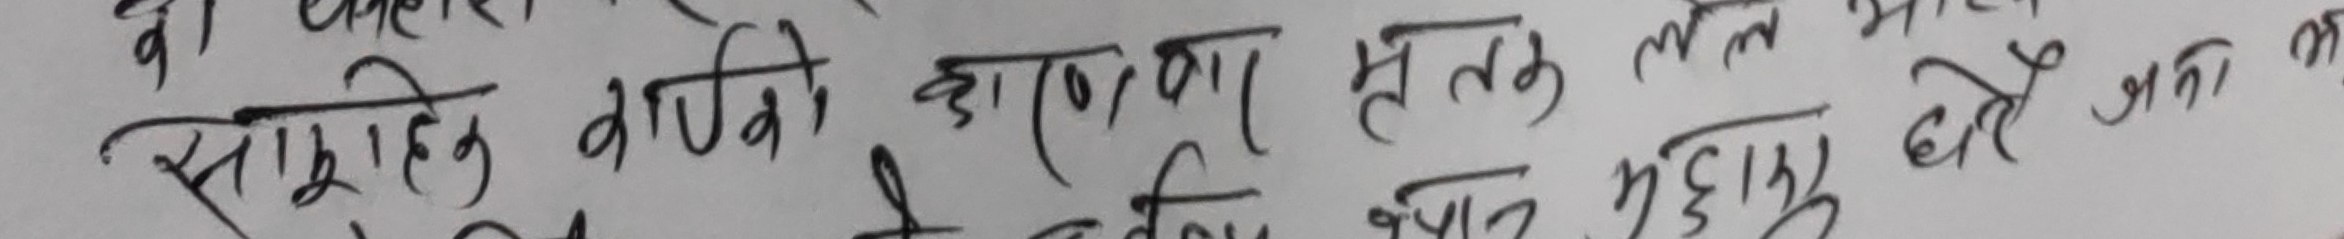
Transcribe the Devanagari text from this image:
साहित्य बाकी कारण प्रत्येक लाभ मिले दौरे अनेका